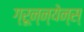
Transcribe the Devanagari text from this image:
ग्रून्न्येन्स्